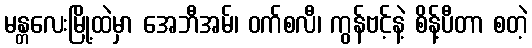
မန္တလေးမြို့ထဲမှာ အေဘီအမ်၊ ဝက်စလီ၊ ကွန်ဗင့်နဲ့ စိန့်ပီတာ စတဲ့